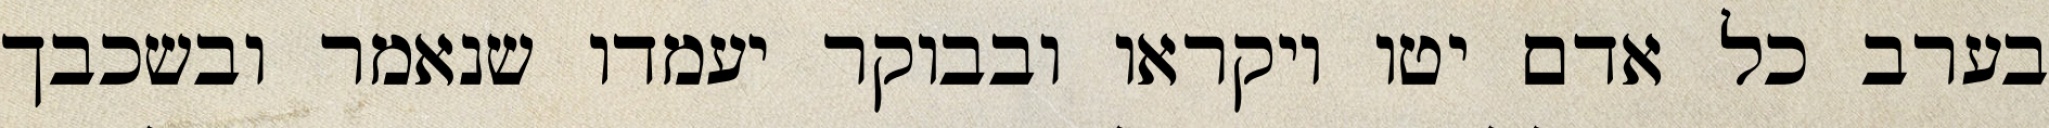
בערב כל אדם יטו ויקראו ובבוקר יעמדו שנאמר ובשכבך